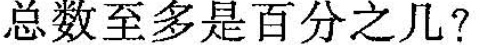
总数至多是百分之几?